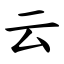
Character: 云